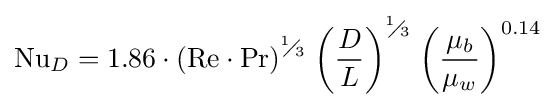
\mathrm {Nu} _{D}={1.86}\cdot {{\left(\mathrm {Re} \cdot \mathrm {Pr} \right)}^{{}^{1}\!\!\diagup \!\!{}_{3}\;}}{{\left({\frac {D}{L}}\right)}^{{}^{1}\!\!\diagup \!\!{}_{3}\;}}{{\left({\frac {{\mu }_{b}}{{\mu }_{w}}}\right)}^{0.14}}